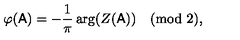
\varphi ( \mathsf { A } ) = - \frac 1 \pi \arg ( Z ( \mathsf { A } ) ) \pmod 2 ,